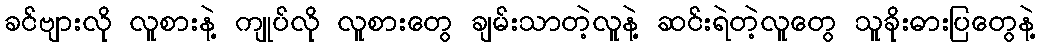
ခင်ဗျားလို လူစားနဲ့ ကျုပ်လို လူစားတွေ ချမ်းသာတဲ့လူနဲ့ ဆင်းရဲတဲ့လူတွေ သူခိုးဓားပြတွေနဲ့